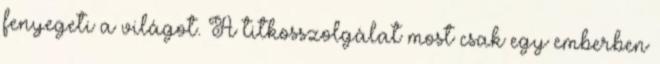
fenyegeti a világot. A titkosszolgálat most csak egy emberben